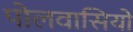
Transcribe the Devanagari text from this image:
पोलवासियों